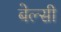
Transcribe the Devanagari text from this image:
बेल्सी